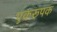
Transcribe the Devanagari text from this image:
एकरूपक